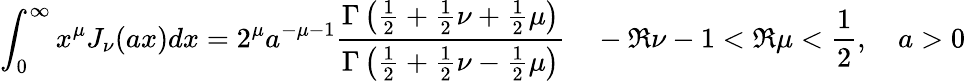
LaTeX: \int_{0}^{\infty}x^{\mu}J_{\nu}(ax)dx=2^{\mu}a^{-\mu-1}\frac{\Gamma\left(\frac{1}{2}+\frac{1}{2}\nu+\frac{1}{2}\mu\right)}{\Gamma\left(\frac{1}{2}+\frac{1}{2}\nu-\frac{1}{2}\mu\right)}\quad-\Re\nu-1<\Re\mu<\frac{1}{2},\quad a>0